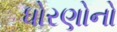
ધોરણોનો